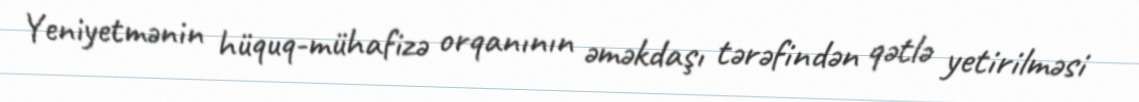
Yeniyetmənin hüquq-mühafizə orqanının əməkdaşı tərəfindən qətlə yetirilməsi